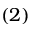
( { 2 } )